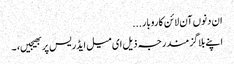
ان دنوں آن لائن کاروبار...
اپنے بلاگز مندرجہ ذیل ای میل ایڈریس پر بھیجیں، ۔